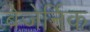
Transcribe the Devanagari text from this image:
बेजेर्निक